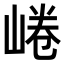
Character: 𡸩